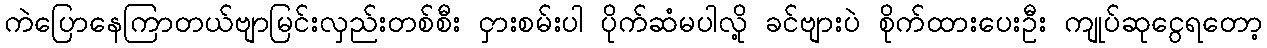
ကဲပြောနေကြာတယ်ဗျာမြင်းလှည်းတစ်စီး ငှားစမ်းပါ ပိုက်ဆံမပါလို့ ခင်ဗျားပဲ စိုက်ထားပေးဦး ကျုပ်ဆုငွေရတော့